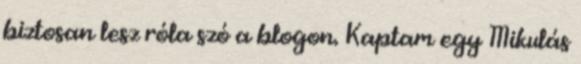
biztosan lesz róla szó a blogon. Kaptam egy Mikulás